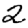
Digit: 2